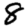
Digit: 8